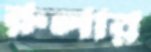
রুলার